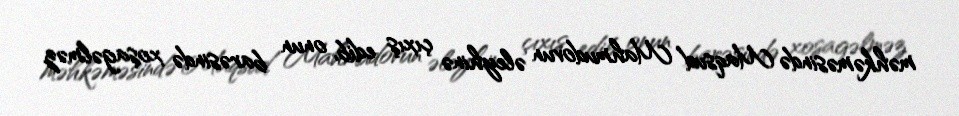
məhkəməsində Maqsud Mahmudovun əleyhinə çıxış edib, onun barəsində xoşagəlməz